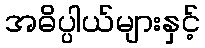
အဓိပ္ပါယ်များနှင့်